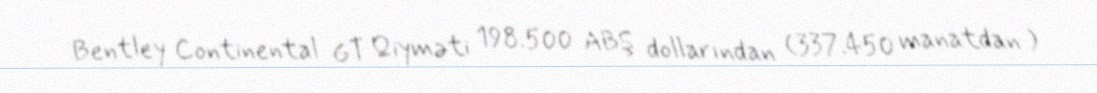
Bentley Continental GT Qiyməti 198.500 ABŞ dollarından (337.450 manatdan )